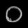
Digit: ၀